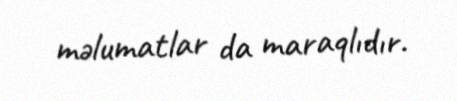
məlumatlar da maraqlıdır.